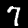
Label: 7